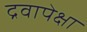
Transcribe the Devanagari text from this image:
द्रवापेक्षा